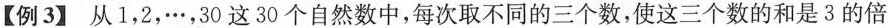
【例3】从1，2，…，30这30个自然数中，每次取不同的三个数，使这三个数的和是3的倍